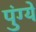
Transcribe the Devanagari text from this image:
पुंग्ये